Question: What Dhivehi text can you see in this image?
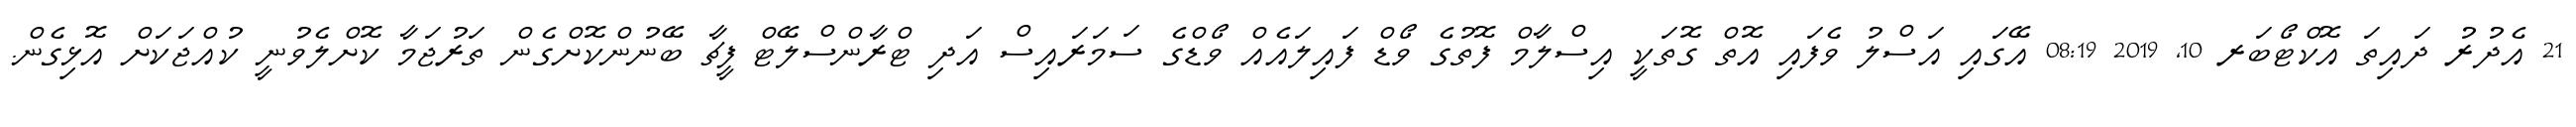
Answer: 21 އެދުރު ދައިތަ އޮކްޓޯބަރ 10, 2019 08:19 އޭގައި އަސްލު ވެފައި އޮތް ގޮތަކީ އިސްލާމް ފޮތުގެ ވޯޑް ފައިލައެއް ވޯޑްގެ ސަމަރައިސް އަދި ޓްރާންސްލޭޓް ފީޗާ ބޭނުންކޮށްގެން ތަރުޖަމާ ކޮށްލެވުނީ ކުއްޖަކަށް އޮޅިގެން.